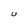
Character: U